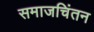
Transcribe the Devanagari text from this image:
समाजचिंतन